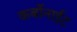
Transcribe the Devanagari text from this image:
कर्बोनाईट